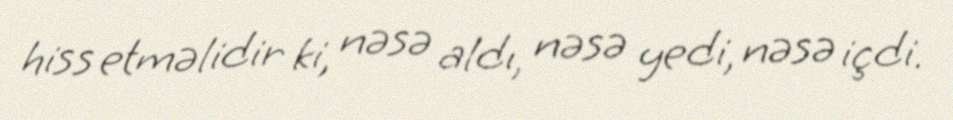
hiss etməlidir ki, nəsə aldı, nəsə yedi, nəsə içdi.